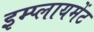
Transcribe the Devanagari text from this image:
इम्प्लायमेंट